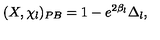
( X , \chi _ { l } ) _ { P B } = 1 - e ^ { 2 \beta _ { l } } \Delta _ { l } ,